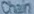
chain